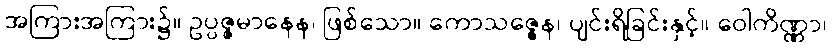
အကြားအကြား၌။ ဥပ္ပဇ္ဇမာနေန၊ ဖြစ်သော။ ကောသဇ္ဇေန၊ ပျင်းရိခြင်းနှင့်။ ဝေါကိဏ္ဏာ၊